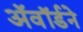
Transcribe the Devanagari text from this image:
अॅवॉर्डने